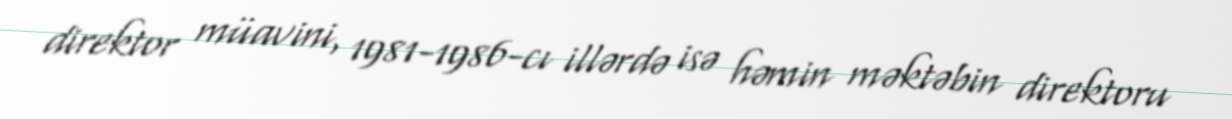
direktor müavini, 1981-1986-cı illərdə isə həmin məktəbin direktoru